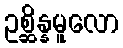
ဥစ္ဆိန္နမူလော